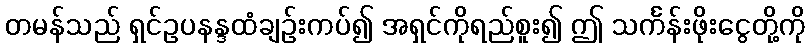
တမန်သည် ရှင်ဥပနန္ဒထံချဉ်းကပ်၍ အရှင်ကိုရည်စူး၍ ဤ သင်္ကန်းဖိုးငွေတို့ကို